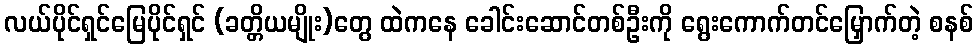
လယ်ပိုင်ရှင်မြေပိုင်ရှင် (ခတ္တိယမျိုး)တွေ ထဲကနေ ခေါင်းဆောင်တစ်ဦးကို ရွေးကောက်တင်မြှောက်တဲ့ စနစ်